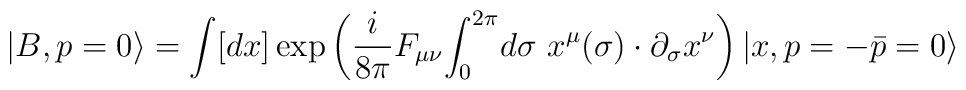
|B, p=0\rangle=\int [dx] \exp\left({i\over 8\pi}F_{\mu\nu}{\int_{0}}^{2\pi} d\sigma ~x^{\mu}(\sigma)\cdot\partial_{\sigma}x^{\nu}     \right) |x, p=-\bar{p}=0\rangle